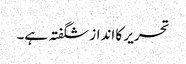
تحریر کا انداز شگفتہ ہے۔